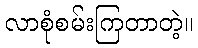
လာစုံစမ်းကြတာတဲ့။